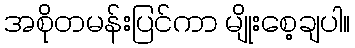
အစိုတမန်းပြင်ကာ မျိုးစေ့ချပါ။